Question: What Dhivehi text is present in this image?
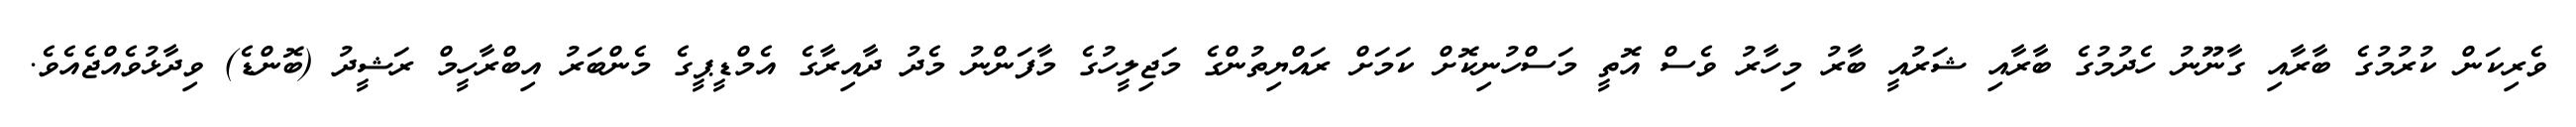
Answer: ވެރިކަން ކުރުމުގެ ބާރާއި ގާނޫނު ހެދުމުގެ ބާރާއި ޝަރުއީ ބާރު މިހާރު ވެސް އޮތީ މަސްހުނިކޮށް ކަމަށް ރައްޔިތުންގެ މަޖިލީހުގެ މާފަންނު މެދު ދާއިރާގެ އެމްޑީޕީގެ މެންބަރު އިބްރާހީމް ރަޝީދު (ބޮންޑެ) ވިދާޅުވެއްޖެއެވެ.